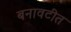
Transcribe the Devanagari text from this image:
बनावटीत